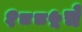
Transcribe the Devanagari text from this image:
१८८५चे